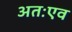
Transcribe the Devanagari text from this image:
अतःएव